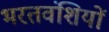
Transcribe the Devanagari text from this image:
भरतवंशियों